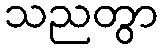
သညတွာ